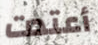
أعتدت